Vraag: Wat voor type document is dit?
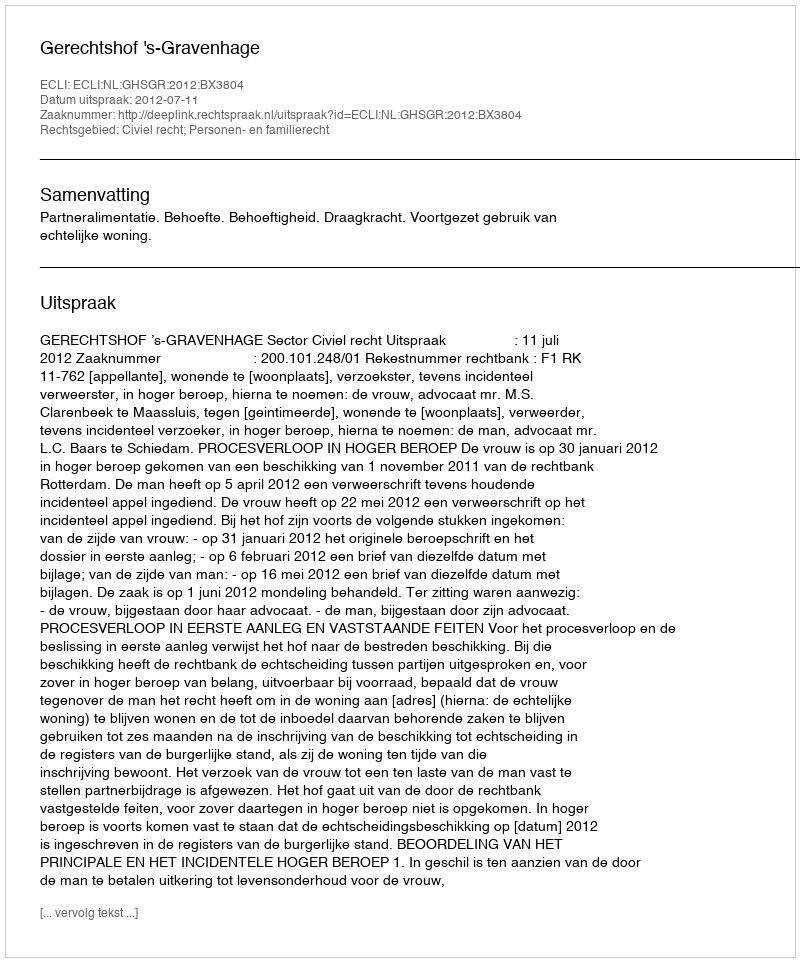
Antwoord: Uitspraak